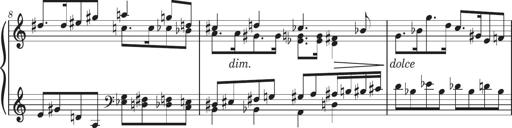
Title: Sonatine in 3 SÃ¤tzen
Composer: Gertrud Schweizer